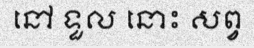
នៅ ទួល នោះ សព្វ